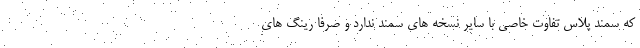
که سمند پلاس تفاوت خاصی با سایر نسخه های سمند ندارد و صرفاً رینگ های